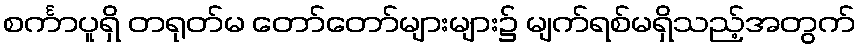
စင်္ကာပူရှိ တရုတ်မ တော်တော်များများ၌ မျက်ရစ်မရှိသည့်အတွက်